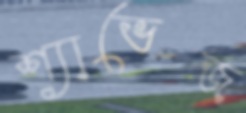
শ্যাভেজ